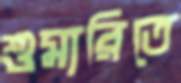
শুমারিতে